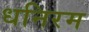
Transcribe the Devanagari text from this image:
धनिरम